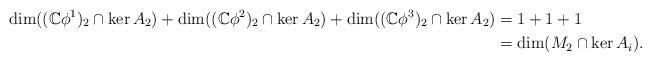
LaTeX: \begin{align*} \dim ((\mathbb{C}\phi^1)_2 \cap \ker A_2) + \dim ((\mathbb{C}\phi^2)_2 \cap \ker A_2) + \dim ((\mathbb{C}\phi^3)_2 \cap \ker A_2) & = 1 + 1 + 1\\& = \dim(M_2\cap \ker A_i). \end{align*}